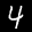
Label: 4